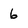
Character: 6